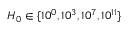
H _ { 0 } \in \{ 1 0 ^ { 0 } , 1 0 ^ { 3 } , 1 0 ^ { 7 } , 1 0 ^ { 1 1 } \}